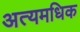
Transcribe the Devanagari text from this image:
अत्यमधिक